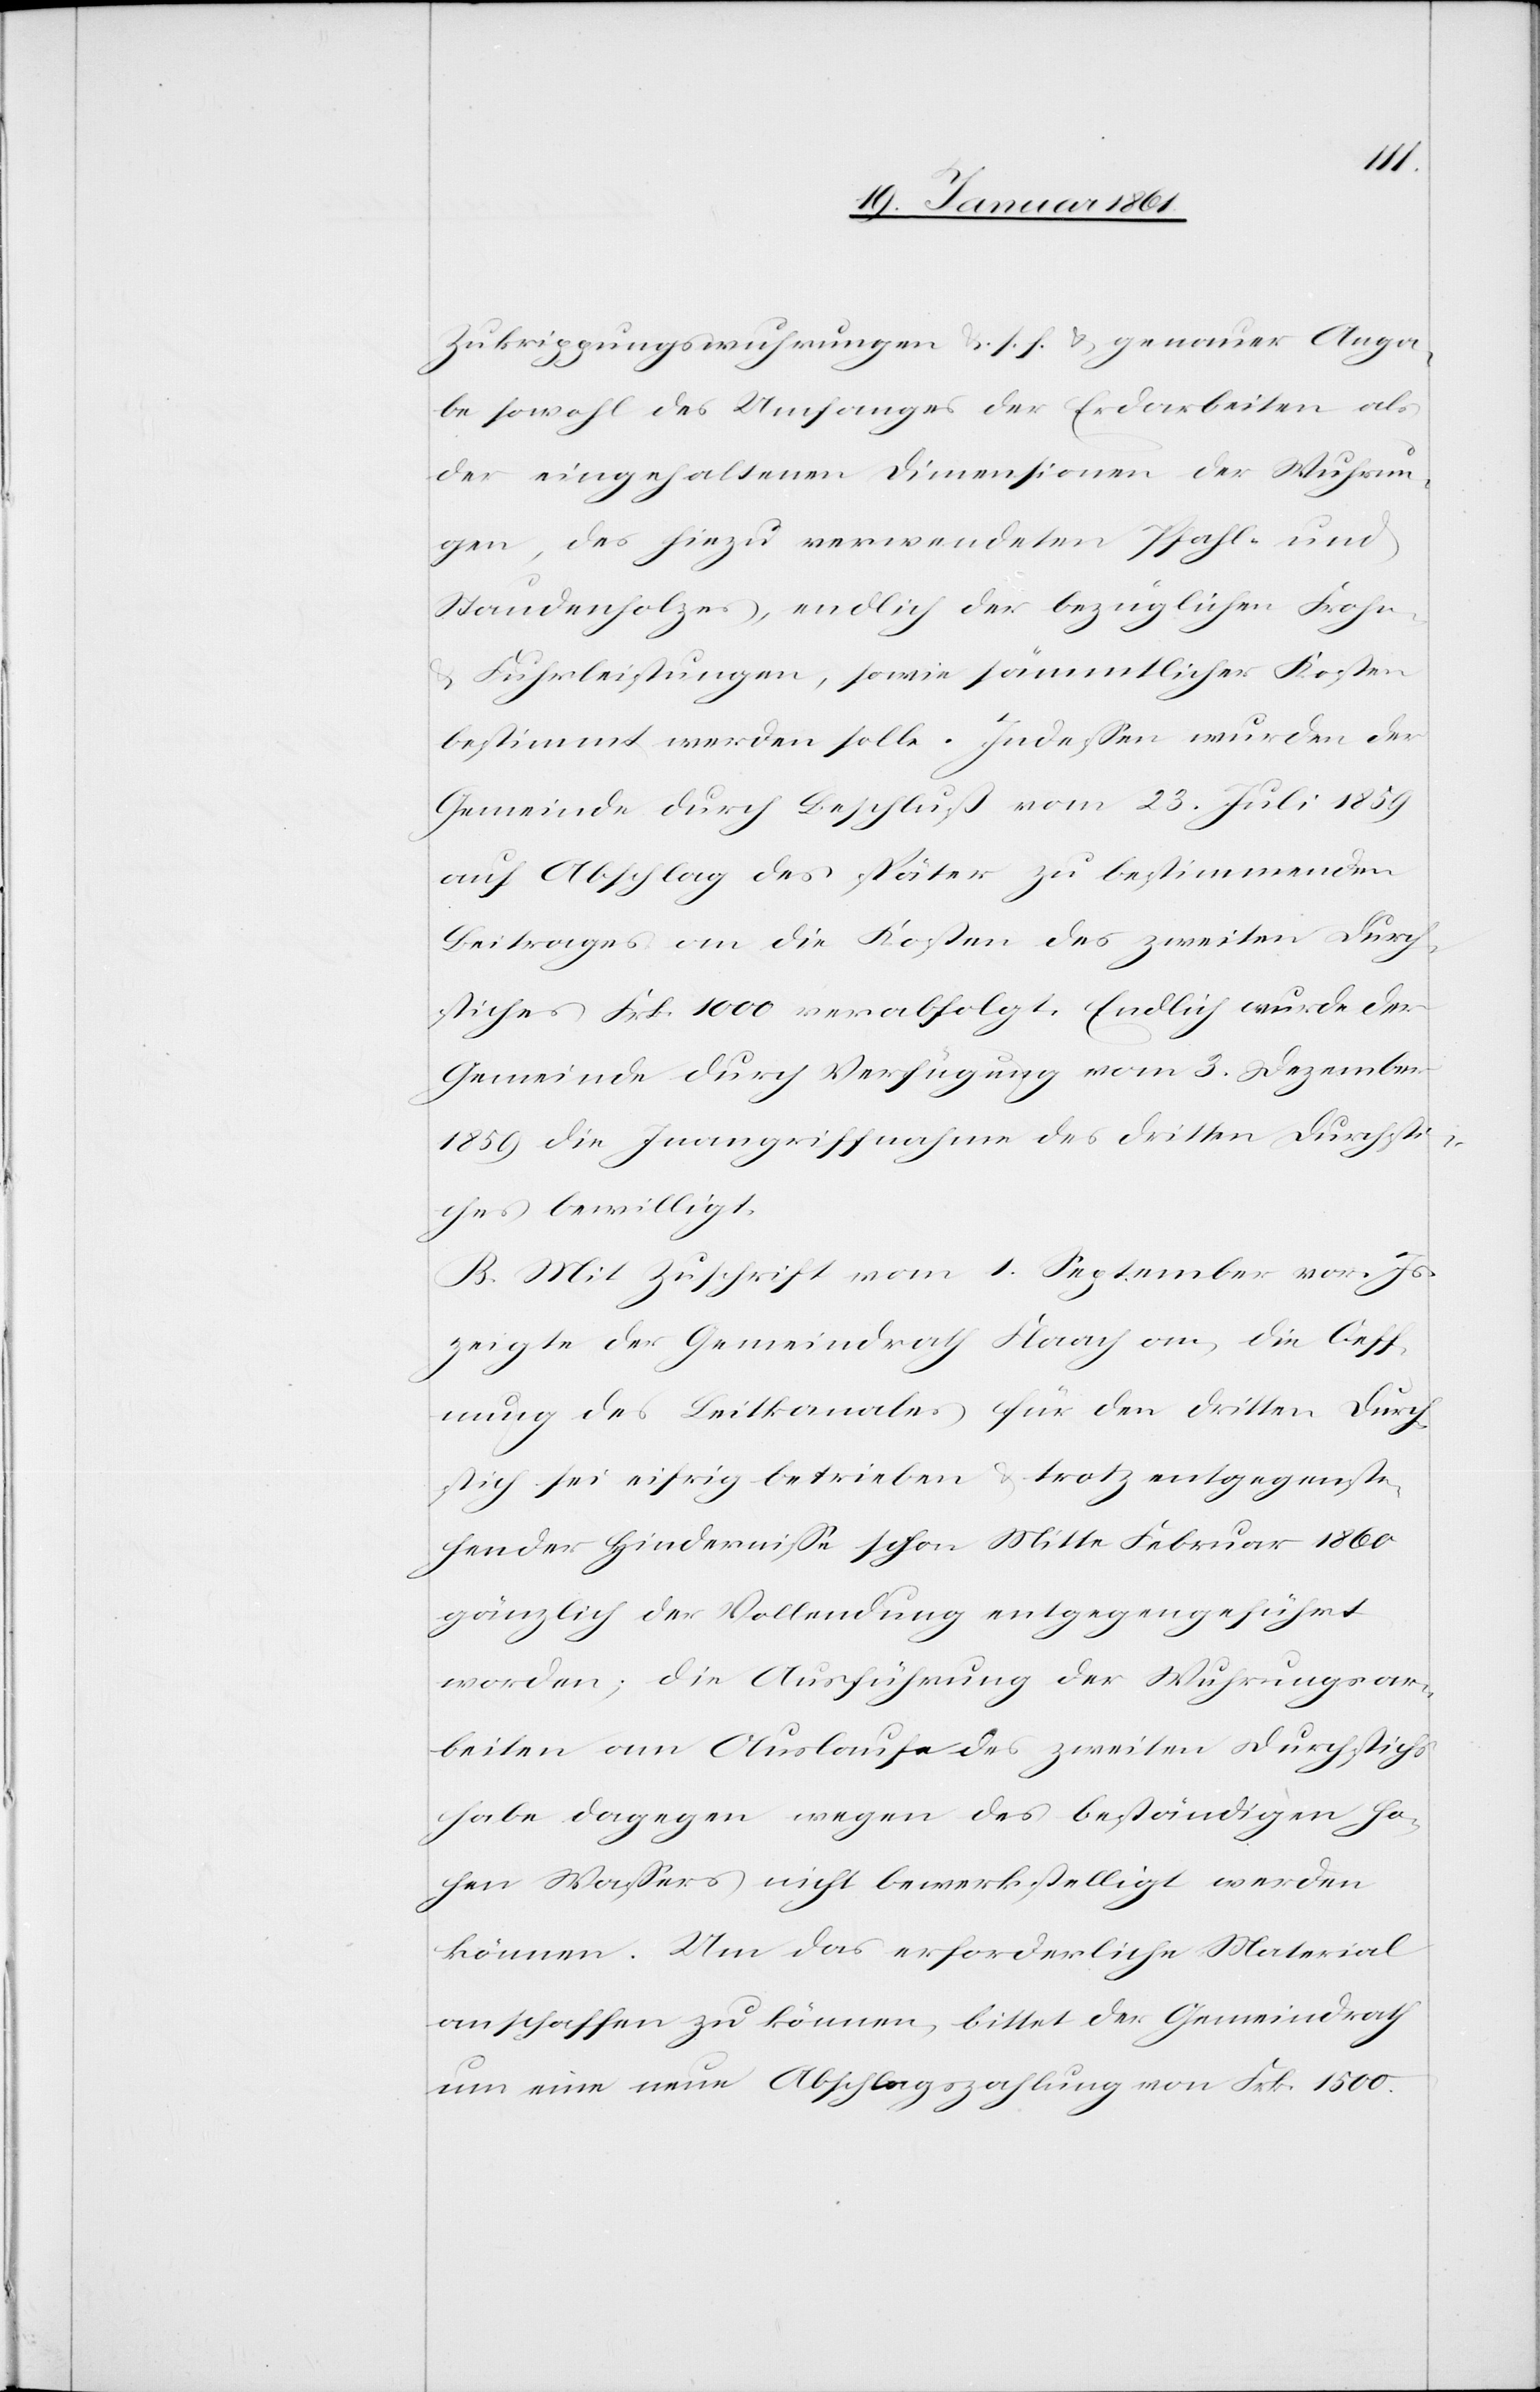
Zukrippungswuhrungen u. s. f. u. genauer Anga¬
be sowohl des Umfanges der Erdarbeiten als
der eingehaltenen Dimensionen der Wuhrun¬
gen, des hiezu verwendeten Pfahl- und
Staudenholzes, endlich der bezüglichen Frohn-
u. Fuhrleistungen, sowie sämmtlicher Kosten
bestimmt werden solle. Indessen wurden der
Gemeinde durch Beschluß vom 23. Juli 1859
auf Abschlag des später zu bestimmenden
Beitrages an die Kosten des zweiten Durch¬
stiches Frk. 1000 verabfolgt. Endlich wurde der
Gemeinde durch Verfügung vom 3. Dezember
1859 die Inangriffnahme des dritten Durchsti¬
ches bewilligt.
B. Mit Zuschrift vom 1. September vor. Js.
zeigte der Gemeindrath Flaach an, die Oeff¬
nung des Leitkanales für den dritten Durch¬
stich sei eifrig betrieben u. trotz entgegenste¬
hender Hindernisse schon Mitte Februar 1860
gänzlich der Vollendung entgegengeführt
worden; die Ausführung der Wuhrungsar¬
beiten am Auslaufe des zweiten Durchstichs
habe dagegen wegen des beständigen ho¬
hen Wassers nicht bewerkstelligt werden
können. Um das erforderliche Material
anschaffen zu können, bittet der Gemeindrath
um eine neue Abschlagszahlung von Frk. 1500.